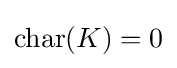
\operatorname {char} (K)=0